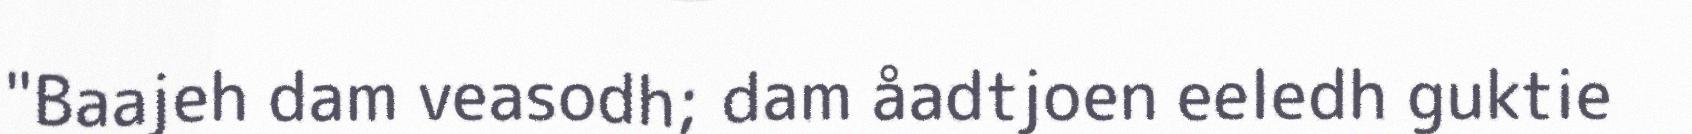
"Baajeh dam veasodh; dam åadtjoen eeledh guktie